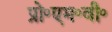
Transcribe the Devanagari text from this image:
प्रो॰एम॰वी॰